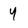
Character: 4